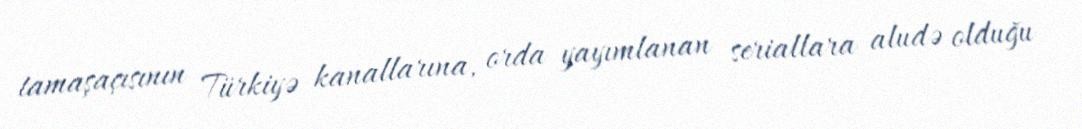
tamaşaçısının Türkiyə kanallarına, orda yayımlanan seriallara aludə olduğu